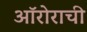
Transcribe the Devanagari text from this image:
ऑरोराची